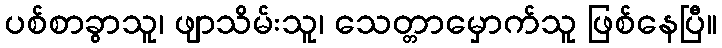
ပစ်စာခွာသူ၊ ဖျာသိမ်းသူ၊ သေတ္တာမှောက်သူ ဖြစ်နေပြီ။